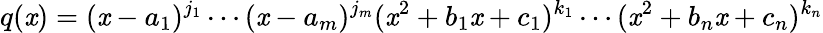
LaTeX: q(\mathit{x})=(\mathit{x}-a_{1})^{j_{1}}\cdots(\mathit{x}-a_{m})^{j_{m}}(\mathit{x}^{2}+b_{1}\mathit{x}+c_{1})^{k_{1}}\cdots(\mathit{x}^{2}+b_{n}\mathit{x}+c_{n})^{k_{n}}